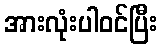
အားလုံးပါဝင်ပြီး